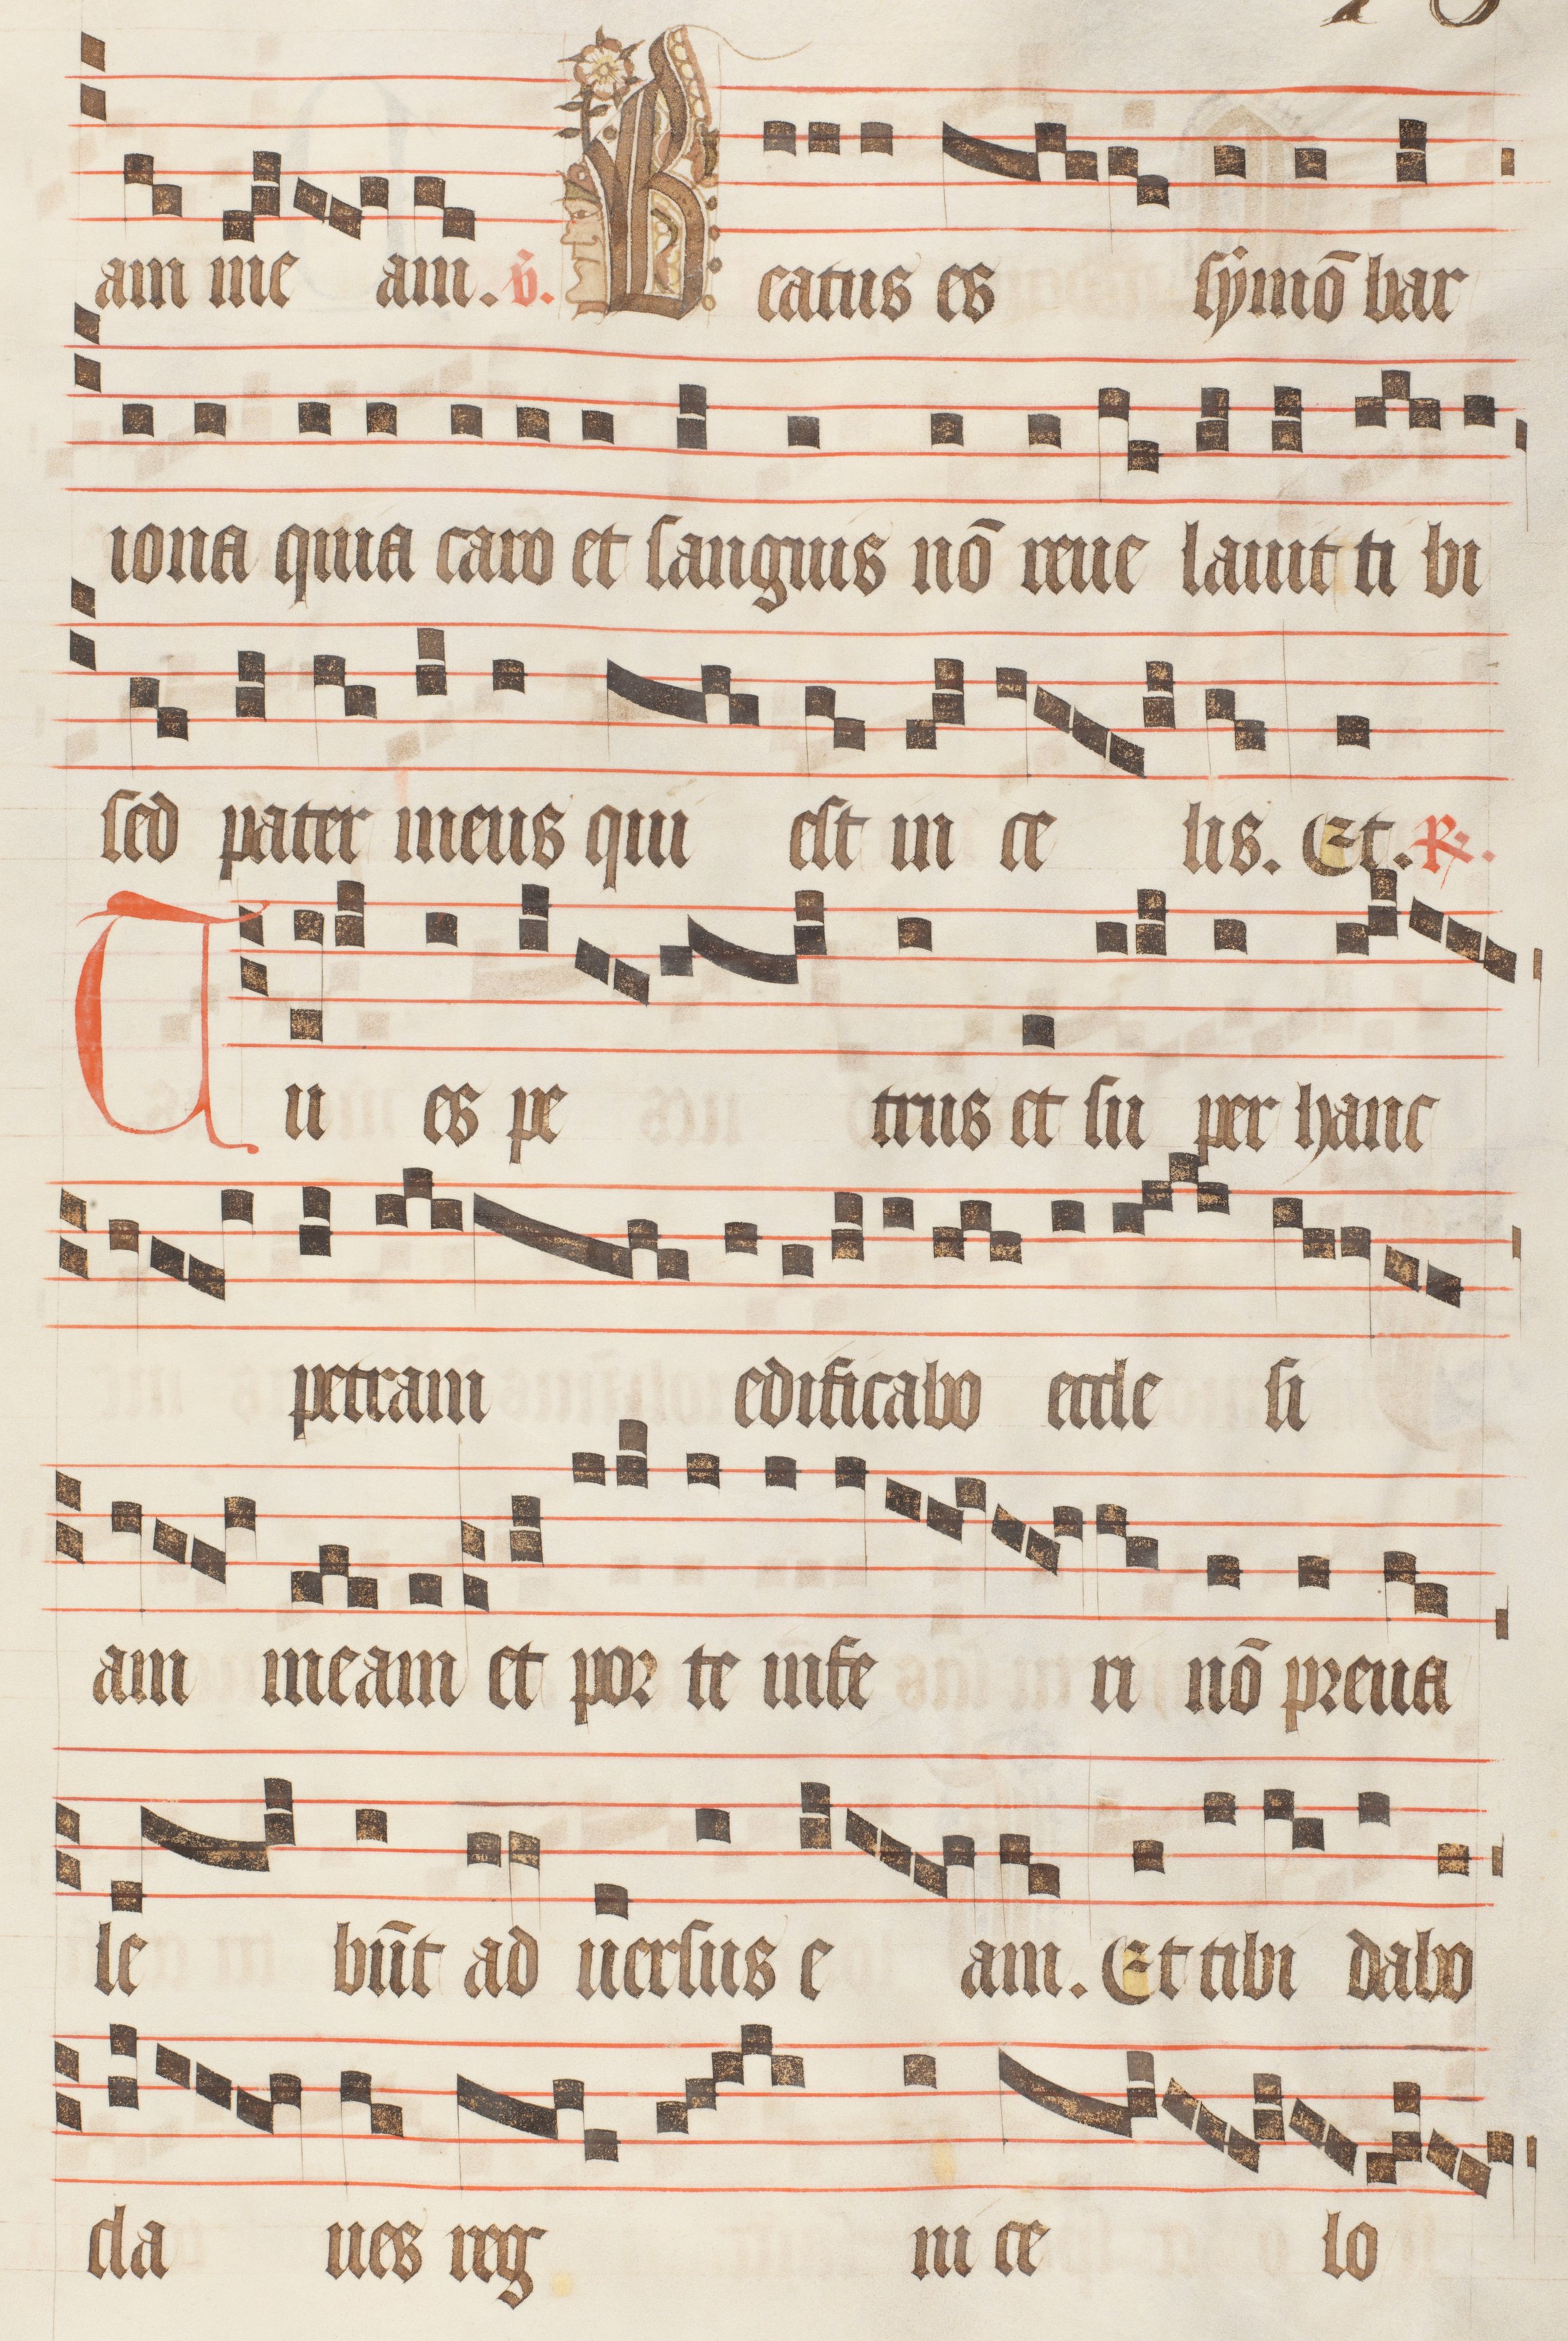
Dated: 1470–1505